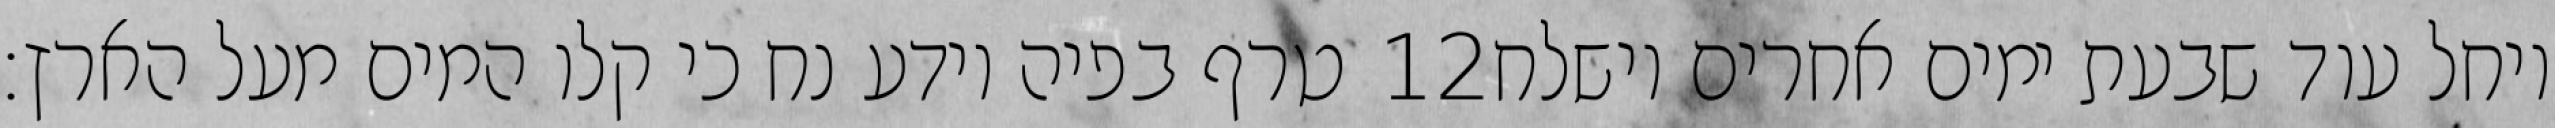
טרף בפיה וידע נח כי קלו המים מעל הארץ׃ ‎12‏ ויחל עוד שבעת ימים אחרים וישלח